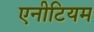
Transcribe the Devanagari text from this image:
एनीटियम